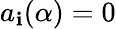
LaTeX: a_{\mathbf{i}}(\alpha)=0